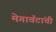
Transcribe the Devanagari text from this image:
मेगावॅटांची